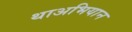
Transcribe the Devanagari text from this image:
थाअभियान